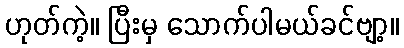
ဟုတ်ကဲ့။ ပြီးမှ သောက်ပါမယ်ခင်ဗျာ့။